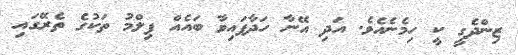
ޒިންދެގީ ކީ ހިމެނެއެވެ. އަދި އޭނާ ހަދާފައިވާ ބައެއް ފިލްމު ތަކުގެ ތެރޭގައި